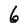
Character: 6